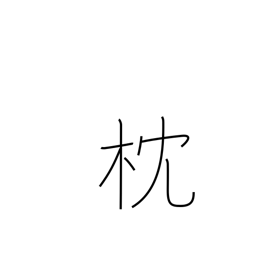
Meaning: pillow